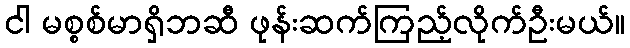
ငါ မစ္စစ်မာရှိဘဆီ ဖုန်းဆက်ကြည့်လိုက်ဦးမယ်။